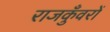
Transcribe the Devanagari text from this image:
राजकुँवरों